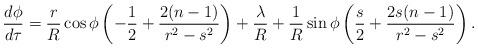
LaTeX: \begin{align*}\frac{d\phi}{d\tau} &= \frac{r}{R}\cos \phi \left( -\frac{1}{2} + \frac{2(n-1)}{r^2-s^2}\right) + \frac{\lambda}{R} + \frac{1}{R} \sin \phi \left( \frac{s}{2} + \frac{2s(n-1)}{r^2-s^2}\right).\end{align*}